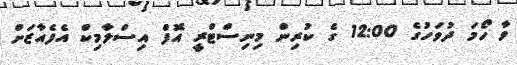
ވާ ހޯމަ ދުވަހުގެ 12:00 ގެ ކުރިން މިނިސްޓްރީ އޮފް އިސްލާމިކް އެފެއާޒަށް